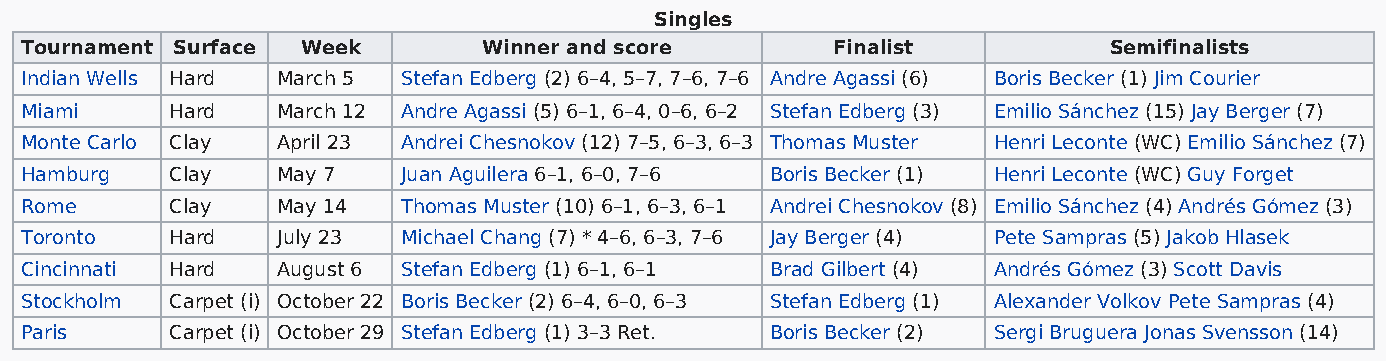
Singles
 Tournament Surface Week        Winner and score       Finalist          Semifinalists
 Indian Wells Hard March 5 Stefan Edberg (2) 6–4, 5–7, 7–6, 7–6 Andre Agassi (6) Boris Becker (1) Jim Courier
 Miami     Hard   March 12 Andre Agassi (5) 6–1, 6–4, 0–6, 6–2 Stefan Edberg (3) Emilio Sánchez (15) Jay Berger (7)
 Monte Carlo Clay April 23 Andrei Chesnokov (12) 7–5, 6–3, 6–3 Thomas Muster Henri Leconte (WC) Emilio Sánchez (7)
 Hamburg   Clay   May 7    Juan Aguilera 6–1, 6–0, 7–6 Boris Becker (1) Henri Leconte (WC) Guy Forget
 Rome      Clay   May 14   Thomas Muster (10) 6–1, 6–3, 6–1 Andrei Chesnokov (8) Emilio Sánchez (4) Andrés Gómez (3)
 Toronto   Hard   July 23  Michael Chang (7) * 4–6, 6–3, 7–6 Jay Berger (4) Pete Sampras (5) Jakob Hlasek
 Cincinnati Hard  August 6 Stefan Edberg (1) 6–1, 6–1 Brad Gilbert (4) Andrés Gómez (3) Scott Davis
 Stockholm Carpet (i) October 22 Boris Becker (2) 6–4, 6–0, 6–3 Stefan Edberg (1) Alexander Volkov Pete Sampras (4)
 Paris     Carpet (i) October 29 Stefan Edberg (1) 3–3 Ret. Boris Becker (2) Sergi Bruguera Jonas Svensson (14)